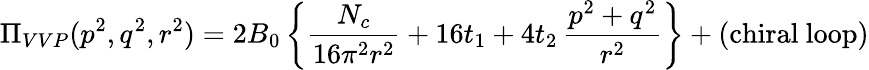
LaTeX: \Pi_{VVP}(p^{2},q^{2},r^{2})=2B_{0}\left\{ {\frac{N_{c}}{16\pi^{2}r^{2}}}+16t_{1}+4t_{2}\, {\frac{p^{2}+q^{2}}{r^{2}}}\right\} +(\mathrm{chiral\ loop})